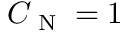
C _ { \textrm { N } } = 1